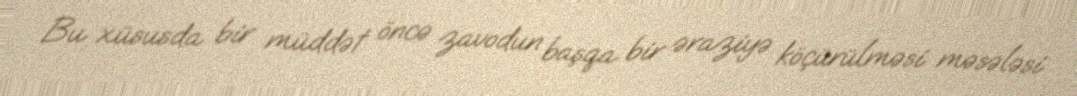
Bu xüsusda bir müddət öncə zavodun başqa bir əraziyə köçürülməsi məsələsi